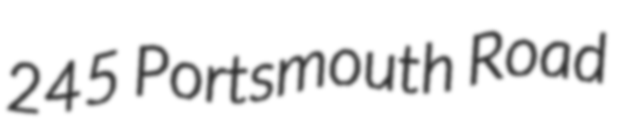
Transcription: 245 Portsmouth Road